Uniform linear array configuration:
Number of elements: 4
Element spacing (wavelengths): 0.5
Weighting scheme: cosine
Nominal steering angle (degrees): -15
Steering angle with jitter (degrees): -14.022
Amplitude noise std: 0.05
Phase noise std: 0.05

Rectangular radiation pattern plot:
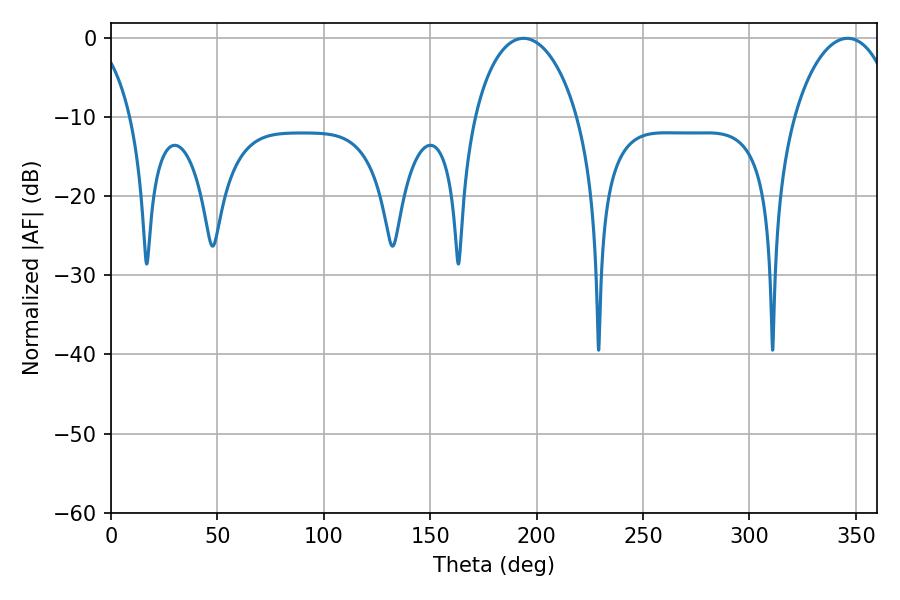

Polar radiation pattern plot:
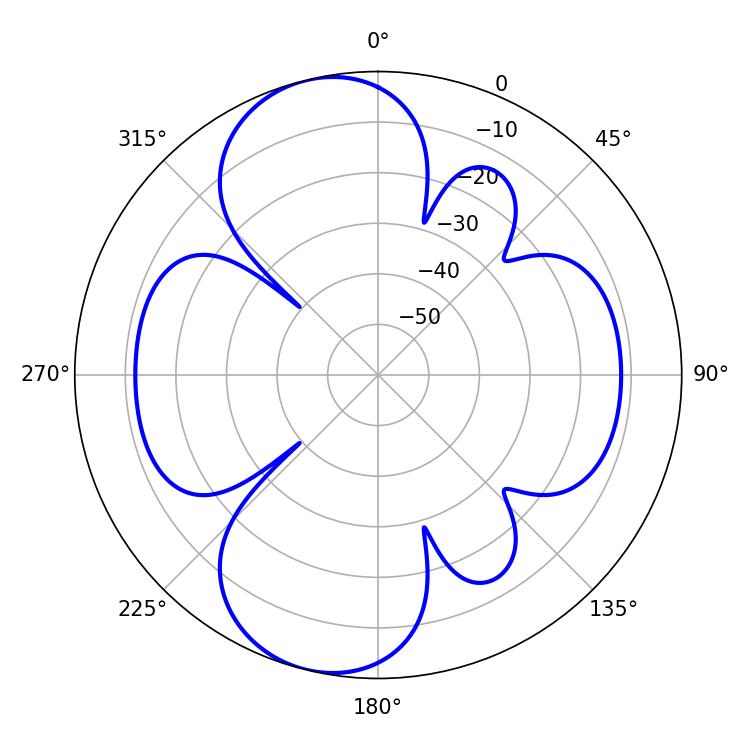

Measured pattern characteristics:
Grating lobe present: FALSE
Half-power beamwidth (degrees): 27.72
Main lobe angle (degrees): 193.86